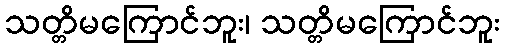
သတ္တိမကြောင်ဘူး၊ သတ္တိမကြောင်ဘူး